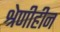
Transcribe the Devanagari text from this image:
श्रेणीहीन